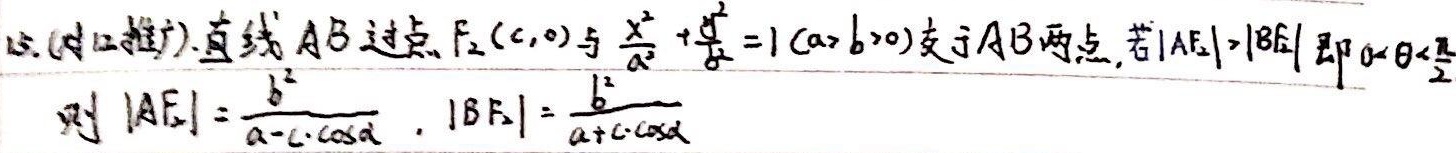
15. (对口推广). 直线 \(AB\) 过点 \(F_{2}(c,0)\) 与 \(\frac{x^{2}}{a^{2}}+\frac{y^{2}}{b^{2}} = 1(a > b > 0)\) 交于 \(A,B\) 两点，若\(\vert AF_{2}\vert>\vert BF_{2}\vert\)，即 \(0 < \theta<\frac{\pi}{2}\)，则 \(\vert AF_{2}\vert=\frac{b^{2}}{a - c\cdot\cos\alpha}\)，\(\vert BF_{2}\vert=\frac{b^{2}}{a + c\cdot\cos\alpha}\)